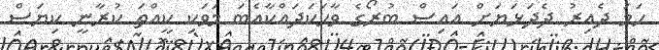
ހަމަ ދެއިރު ދެދަޅަޔަށް އައިސް ބުރޯގެ ވާހަކަދައްކާއެބަ މަވަކި ކީއްތަ ކުރާނީ ކިޔަސް